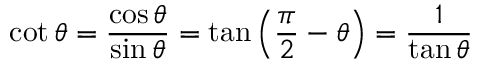
\cot \theta = { \frac { \cos \theta } { \sin \theta } } = \tan \left( { \frac { \pi } { 2 } } - \theta \right) = { \frac { 1 } { \tan \theta } }